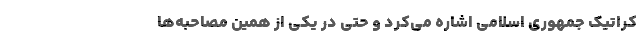
کراتیک جمهوری اسلامی اشاره می‌کرد و حتی در یکی از همین مصاحبه‌ها